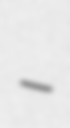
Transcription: –